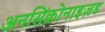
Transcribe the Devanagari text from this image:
अनसिंक्रोनाइज़ड